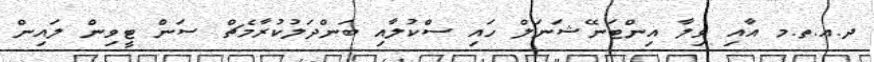
ދ.އ.ތ.މ އާއި ވިލާ އިންޓަނޭޝަނަލް ހައި ސްކުލާއި ބަންދަލުކުރާމެޗް ސަން ޓީވިން ލައިން